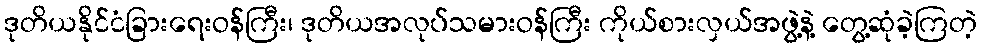
ဒုတိယနိုင်ငံခြားရေးဝန်ကြီး၊ ဒုတိယအလုပ်သမားဝန်ကြီး ကိုယ်စားလှယ်အဖွဲ့နဲ့ တွေ့ဆုံခဲ့ကြတဲ့